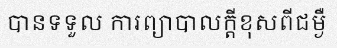
បានទទួល ការព្យាបាលក្តីខុសពីជម្ងឺ